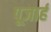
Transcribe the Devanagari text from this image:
पूजार्ह